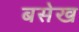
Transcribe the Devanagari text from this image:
बसेख